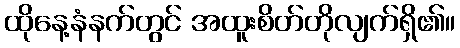
ထိုနေ့နံနက်တွင် အထူးစိတ်တိုလျက်ရှိ၏။